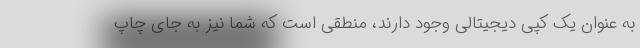
به عنوان یک کپی دیجیتالی وجود دارند، منطقی است که شما نیز به جای چاپ